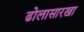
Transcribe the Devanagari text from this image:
ढोलासारखा